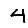
Digit: 4